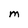
Character: M